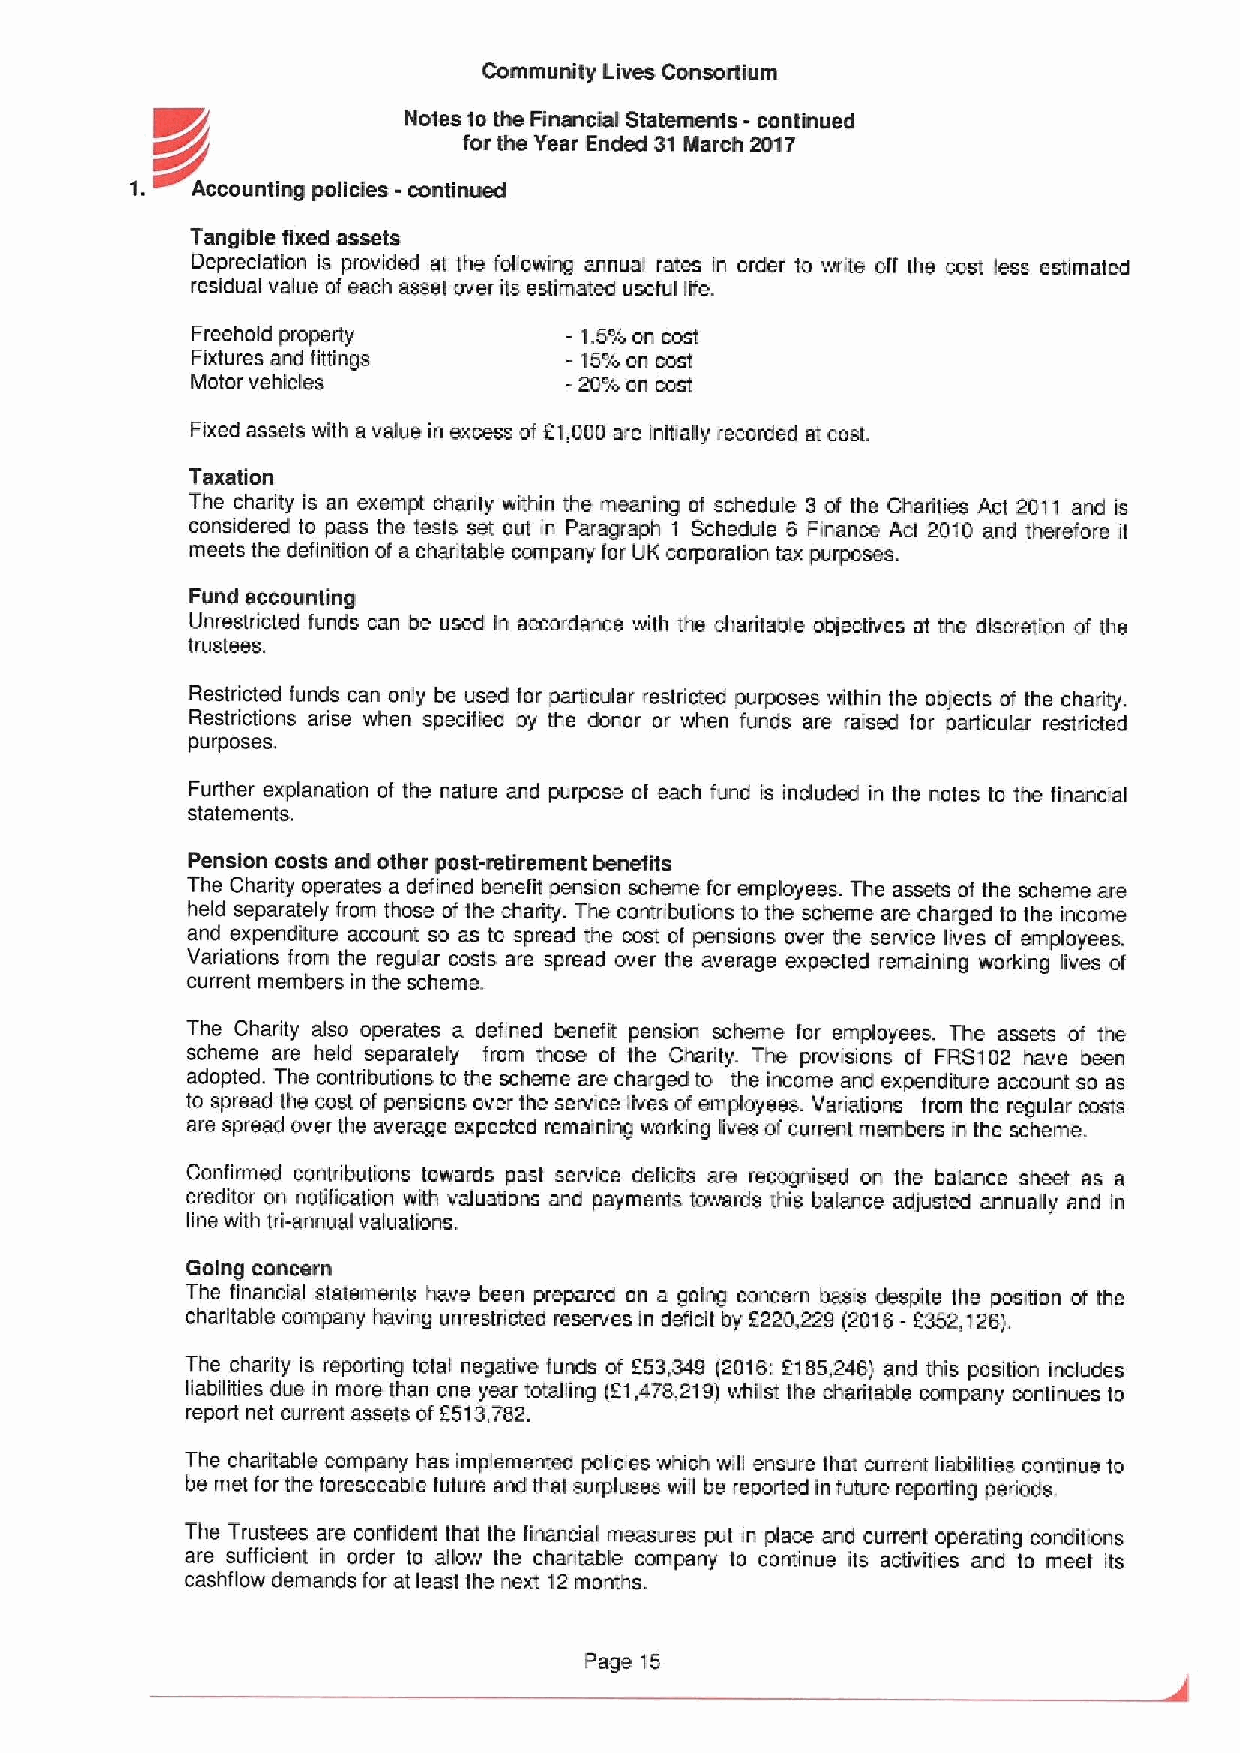
Community Lives Consortium
 Notes to the Financial Statements - continued
 ~r
 &r                   for the Year Ended 31March 2017
 1.  Accounting policies -continued
 Tangible fixed assets
 Depreciation is provided at the following annua! rates in order to write aff the cost less estimated
 residual value ofeach asset over its estimated useful life.
 Freehold property       - 1.5%on cost
 Fixtures and fittings   - 15%on cast
 Motor vehicles          -20%an cost
 Fixed assets with a value in excess of 21,000 are initially recorded at cost.
 Taxation
 The charity is an exempt charity within the meaning af schedule 3 of the Charities Act 2011 and is
 considered io pass the teals set aut in Paragraph 1 Schedule 6 Finance Act 2010 and therefore it
 meets the definition of a charitable company for UK corporation tax purposes.
 Fund accounting
 Unrestricted funds can be used in accordance with the charitable objectives at the discrslion of the
 trustees.
 Restricted funds can only be used far particular restricted purposes within the objects of the charity.
 Restrictions arise when specified by the donor or when funds are raised lar particular restricted
 purposes.
 Further explanation at the nature and purpose ol each fund is induded in the nates ta the financial
 statements.
 Pension costs and other post-retirement benefits
 The Charity operates a defined benefit pension scheme for employees. The assets of the scheme are
 held separately from those of the charity. The contributions to the scheme are charged to the income
 and expenditure account so as ta spread the cost of pensions over the service lives of employees.
 Variations from the regular costs are spread over the average expected remaining working lives of
 current members in the scheme.
 The Charity also operates a defined benefit pension scheme fcr employees. The assets of the
 scheme are held separately fram these at the Charity. The provisions af FRS102 have been
 adopted. The contributions ta the scheme are charged to the income and expenditure account so as
 to spread the cost of pensions aver the service lives ofemployees. Variations from the regular costs
 are spread over ihe average expected remaining working lives ofcurrent members in the scheme.
 Confirmed contributions towards past service deficits are recognised on the balance sheet as a
 creditor on notification with valuations and payments towards this balance adjusted annually and in
 line with tri-annual valuations.
 Going concern
 The financial statements have been prepared an a going concern basis despite the position of the
 charitable company having unrestricted reserves in deficit by 9220,229 (2016- 2352,126).
 The charity is reporting total negative funds of 953,349 (2016:F185,246) and this pasition includes
 liabilities due in more than one year totalling (91,478,219)whilst the charitable company continues ta
 report net current assets of 2513,782.
 The charitable company has implemented policies which will ensure that current liabilities continue to
 be mei for the foreseeable future and thai surpluses will be reported in future reporting periods.
 The Trustees are confident that the financial measures put in place and current operating conditions
 are sufficient in order to allow the charitable company to continue its activities and ta meet its
 cashflow demands for at least the next 12months.
 Page 15